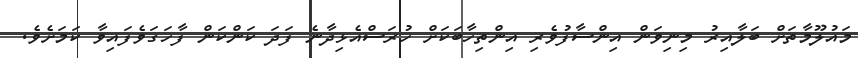
މައުލޫމާތަށް ބަލާއިރު މިނިވަން އިންސާފުވެރި އިންތިހާބަކަށް ހުރަސްއެޅިދާނެ ފަދަ ކަންކަން ފާހަގަވެފައިވާ ކަމަށެވެ.